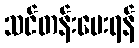
သင်တန်းပေးရန်